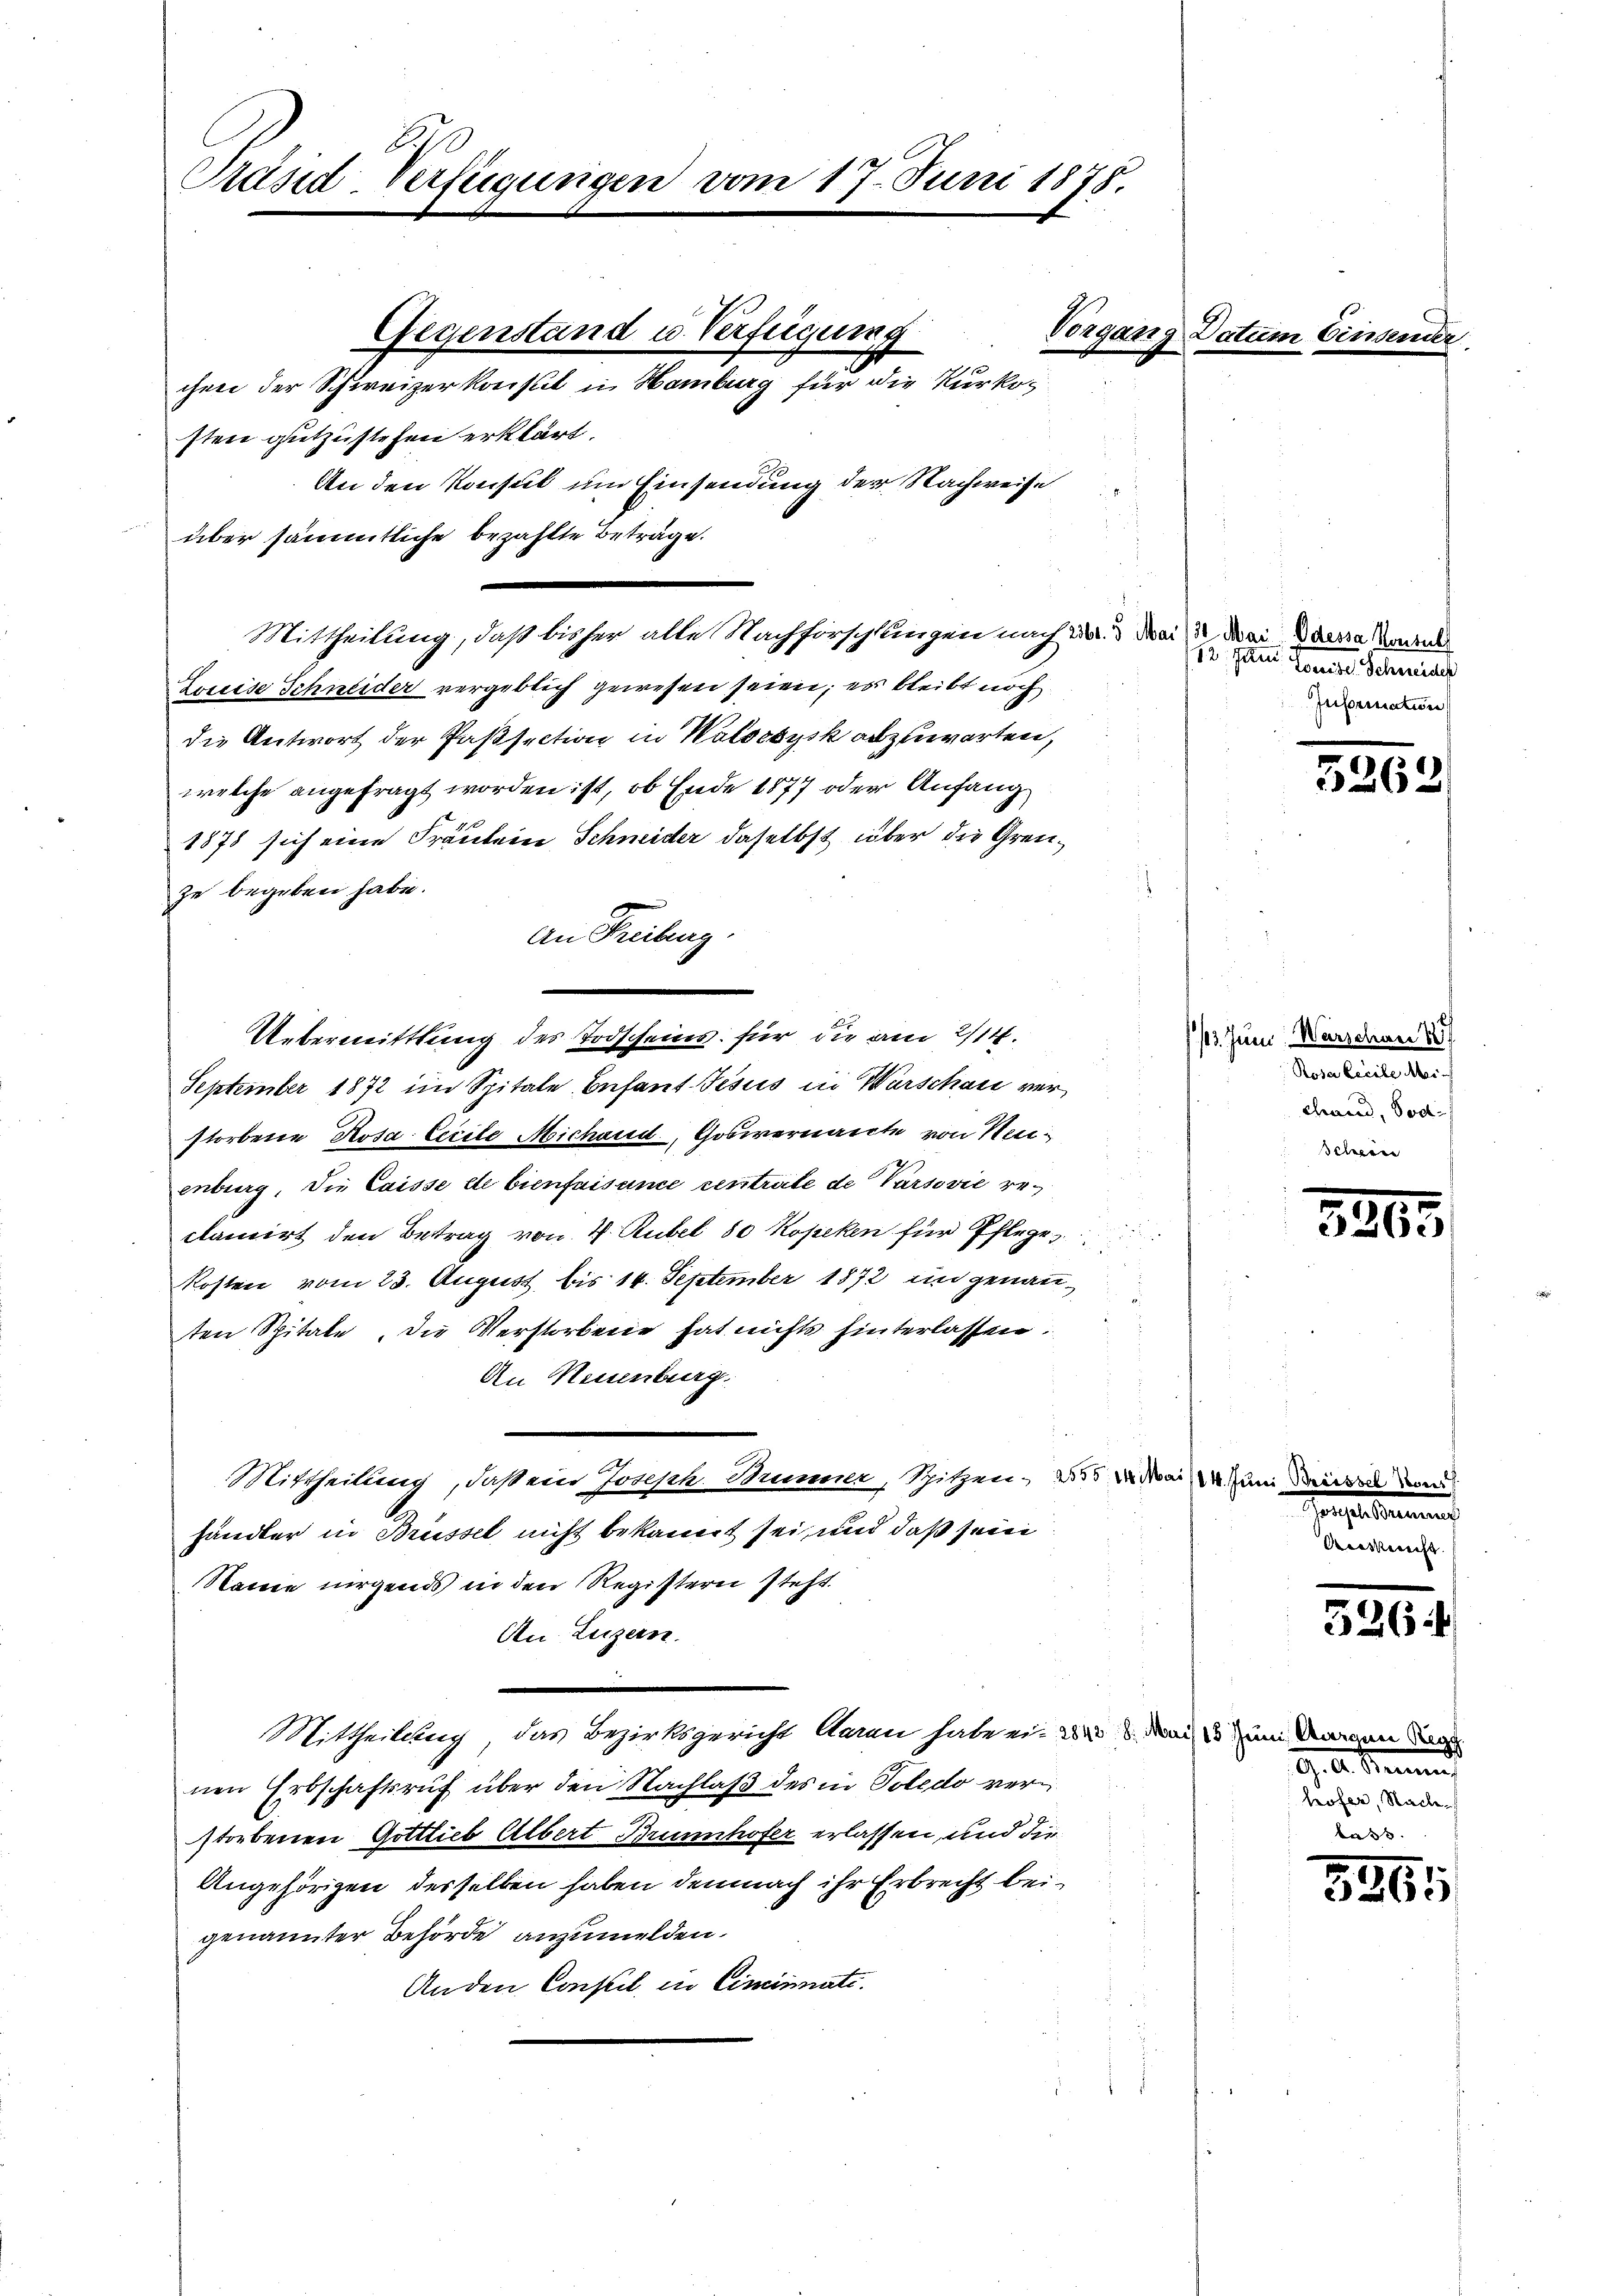
Sch
Präsid-Verfügungen vom 17. Juni 1875.

Louise Schneider vergeblich gewesen seien; es bleibt noch
die Antwort der Passection in Walsesysk abzuwarten,
welche angefragt worden ist, ob Ende 1877 oder Anfang
1878 sich eine Fräulein Schneider daselbst über die Grenze begeben habe.
an Freiburg.
Uebermittlung des Todscheins für die am 2/14.
September 1872 im Spitale Anfant Jesus in Warschau verstorbene Rosa Eccile Michaud, Gosiernante von Neuenburg, die Caisse de bienfaisance centreite de Varsović ve¬
¬
clamirt den Betrag von 4 Rubel 80 Kopeken für Pflege
Kosten vom 23. August, bis 14. September 1872 im genannten Spitale, die Verstorbene hat nichts hinterlassen.
An Neuenburg.
Mittheilung, daß ein Joseph. Brunner, Spitzen,
händler in Brüssel nicht bekannt sei, und daß sein
Name nirgends in den Registern steht.
An Luzern.
Mittheilung, das Bezirksgericht daran habe ein der 3. Mai um daran dar
nen Erbschaftsruf über den Nachlaß des in Poledo verstorbenen Gottlieb Albert Brunnhofer erlassen, und die
Angehörigen desselben haben demnach ihr Erbrecht beigenannter Behörde anzumelden.
Anden Conseil in Cincinati

Vergang
Gegenstand u. Verfügung
chen der Schweizerkonst in Hamburg für die Kurkosten gutzustehen erklärt.
An den Konsul um Einsendung der Nachweise
über sämmtliche bezahlte Beträge.

Mittheilung, daß bisher alle Nachforschlungen nach der drei dai Dana Ka

12. Juni. Seite Schweiden
Information

526.

13. Juni, Warschon 188
dem Einleiten
chand, Sod
Schreine

24. Juni

320.

Beesken

5264

hofer, Sache

J. A. Sinnen

5265